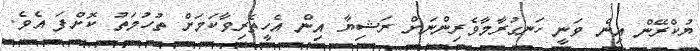
ޔުކްރޭން އިން ވަނީ ހަނގުރާމާވެރިންނަށް ރަޝިޔާ އިން އެހީތެރިވާކަމަށް ތުހުމަތު ކޮށްފަ އެވެ.